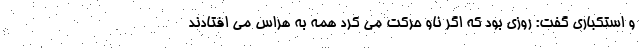
و استکباری گفت: روزی بود که اگر ناو حرکت می کرد همه به هراس می افتادند